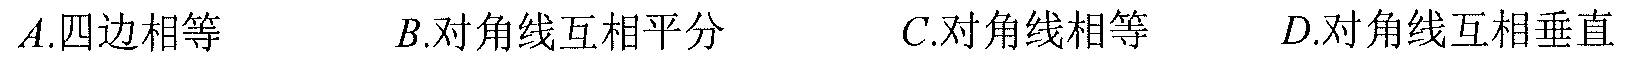
A.四边相等  B.对角线互相平分  C.对角线相等  D.对角线互相垂直